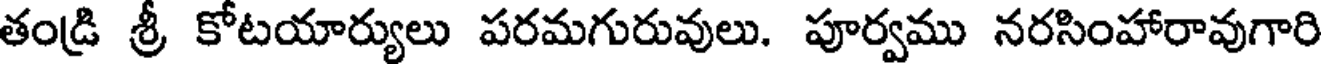
తండ్రి శ్రీ కోటయార్యులు పరమగురువులు. పూర్వము నరసింహారావుగారి